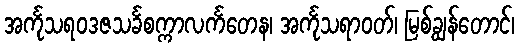
အင်္ကုသရဝဒဇသင်္ခစက္ကာလင်္ကတေန၊ အင်္ကုသရာဝတ်၊ မြစ်ချွန်တောင်၊